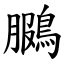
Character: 鵩